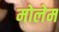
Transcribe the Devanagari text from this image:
मोलेम